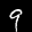
Label: 9